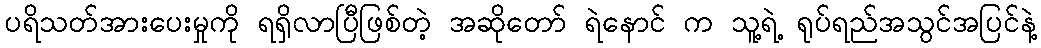
ပရိသတ်အားပေးမှုကို ရရှိလာပြီဖြစ်တဲ့ အဆိုတော် ရဲနောင် က သူ့ရဲ့ ရုပ်ရည်အသွင်အပြင်နဲ့